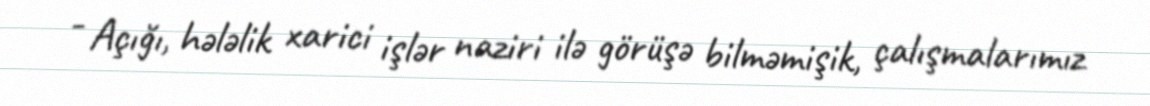
- Açığı, hələlik xarici işlər naziri ilə görüşə bilməmişik, çalışmalarımız